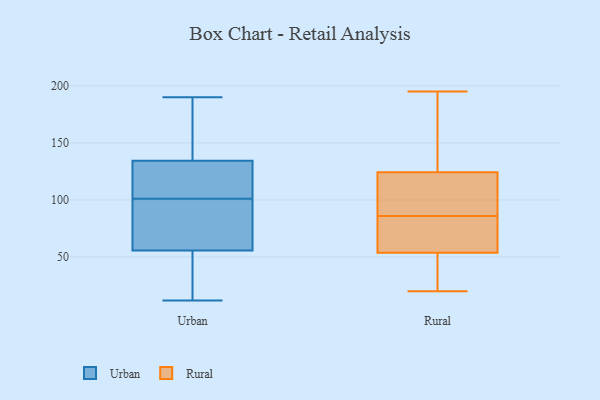
{"axis": {"x": "Tickets Resolved", "y": "Value"}, "legend": ["Rural", "Urban"], "data": [{"x": "", "y": 130, "type": "Urban"}, {"x": "", "y": 101, "type": "Urban"}, {"x": "", "y": 106, "type": "Urban"}, {"x": "", "y": 72, "type": "Urban"}, {"x": "", "y": 186, "type": "Urban"}, {"x": "", "y": 12, "type": "Urban"}, {"x": "", "y": 46, "type": "Urban"}, {"x": "", "y": 77, "type": "Urban"}, {"x": "", "y": 190, "type": "Urban"}, {"x": "", "y": 133, "type": "Urban"}, {"x": "", "y": 59, "type": "Urban"}, {"x": "", "y": 14, "type": "Urban"}, {"x": "", "y": 139, "type": "Urban"}, {"x": "", "y": 57, "type": "Rural"}, {"x": "", "y": 178, "type": "Rural"}, {"x": "", "y": 86, "type": "Rural"}, {"x": "", "y": 123, "type": "Rural"}, {"x": "", "y": 38, "type": "Rural"}, {"x": "", "y": 20, "type": "Rural"}, {"x": "", "y": 128, "type": "Rural"}, {"x": "", "y": 44, "type": "Rural"}, {"x": "", "y": 77, "type": "Rural"}, {"x": "", "y": 121, "type": "Rural"}, {"x": "", "y": 195, "type": "Rural"}, {"x": "", "y": 72, "type": "Rural"}, {"x": "", "y": 86, "type": "Rural"}]}